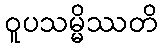
ဝူပသမ္မိဿတိ